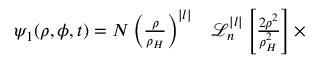
\begin{array} { r l } { \psi _ { 1 } ( \rho , \phi , t ) = N \left( \frac { \rho } { \rho _ { H } } \right) ^ { | l | } } & { { } \mathcal { L } _ { n } ^ { | l | } \left[ \frac { 2 \rho ^ { 2 } } { \rho _ { H } ^ { 2 } } \right] \times } \end{array}